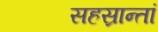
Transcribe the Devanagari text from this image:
सहस्रान्तां